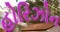
હોરિઝોન